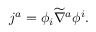
j ^ { a } = \phi _ { i } \widetilde { \nabla } ^ { a } \phi ^ { i } .